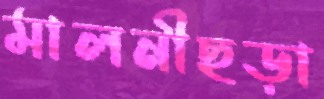
মালনীছড়া